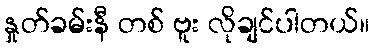
နှုတ်ခမ်းနီ တစ် ဗူး လိုချင်ပါတယ်။